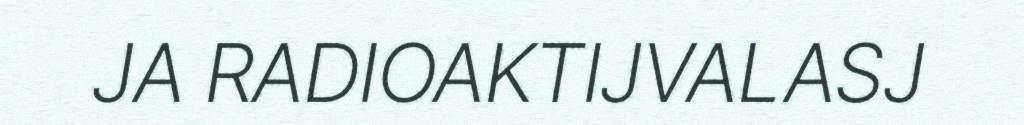
JA RADIOAKTIJVALASJ